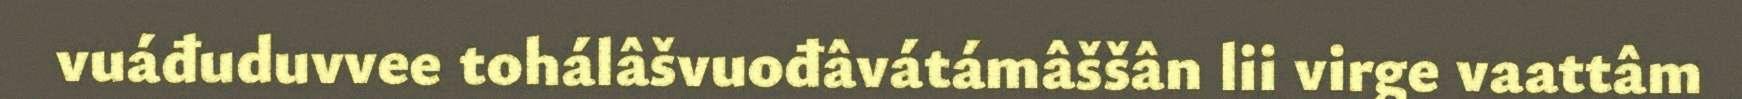
vuáđuduvvee tohálâšvuođâvátámâššân lii virge vaattâm